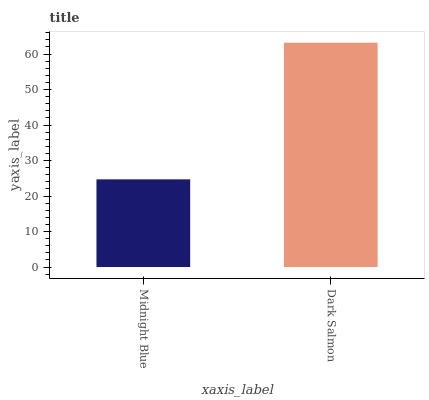
| xaxis_label | bars |
 | --- | --- |
 | Midnight Blue | 24.7 |
 | Dark Salmon | 63.2 |